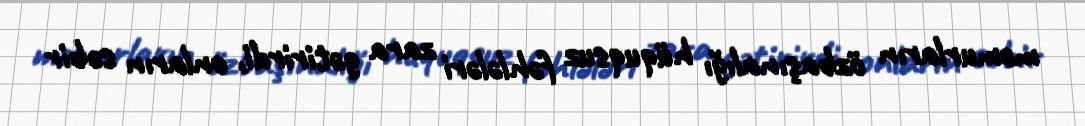
məmurların özbaşınalığı hüquqsuz fəhlələri zara gətirirdi, onların səbir